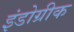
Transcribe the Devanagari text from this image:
इंडोग्रीक